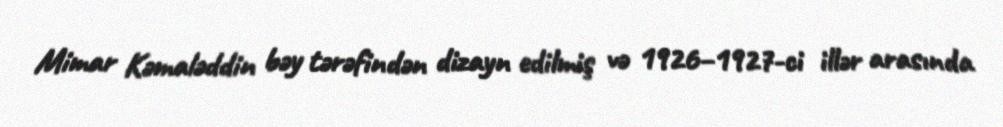
Mimar Kəmaləddin bəy tərəfindən dizayn edilmiş və 1926–1927-ci illər arasında